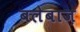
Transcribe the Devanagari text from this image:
बलेबाज़